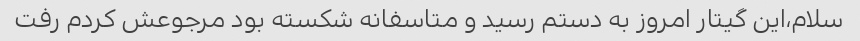
سلام،این گیتار امروز به دستم رسید و متاسفانه شکسته بود مرجوعش کردم رفت